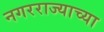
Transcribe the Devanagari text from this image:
नगरराज्याच्या